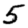
Digit: 5